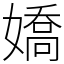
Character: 嬌